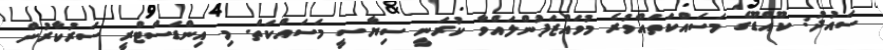
ސައުދު: ކޫއްޑޫގެ މަސައްކަތައްވުރެ މުވައްޒަފުންލައްވާ ކުރަނީ ސިޔާސީ މަސައްކަތް. މި އިންޑަސްޓްރީ ސަރުކާރުން